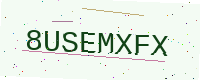
Text: 8USEMXFX